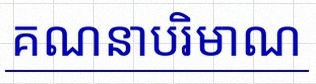
គណនាបរិមាណ